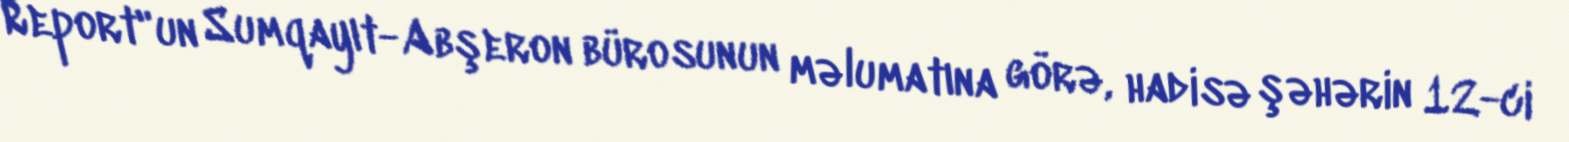
Report"un Sumqayıt-Abşeron bürosunun məlumatına görə, hadisə şəhərin 12-ci